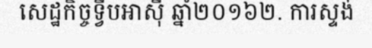
សេដ្ឋកិច្ចទ្វីបអាស៊ី ឆ្នាំ២០១៦២. ការស្ទង់